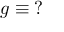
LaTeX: g \equiv \operatorname { \mathrm { ? } }